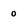
Character: 0